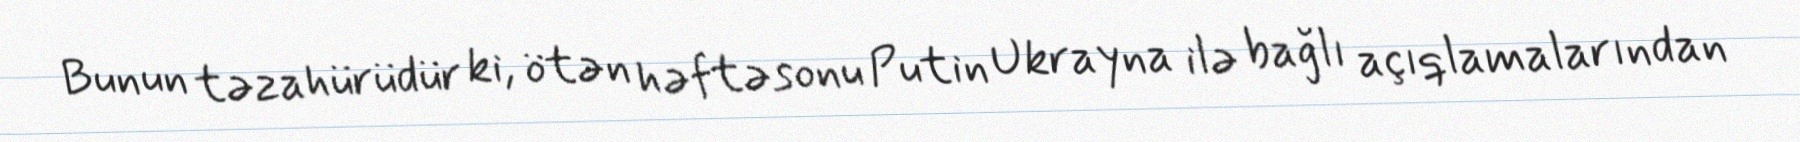
Bunun təzahürüdür ki, ötən həftəsonu Putin Ukrayna ilə bağlı açıqlamalarından